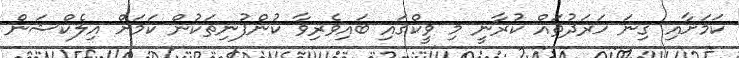
ކަމަށާއި ގިނަ ހަރަދުތައް ކުރާނީ މި ވީކްގައި ބައިވެރިވާ ކުންފުނިތަކުން ކަމަށް އިލެކްޝަން